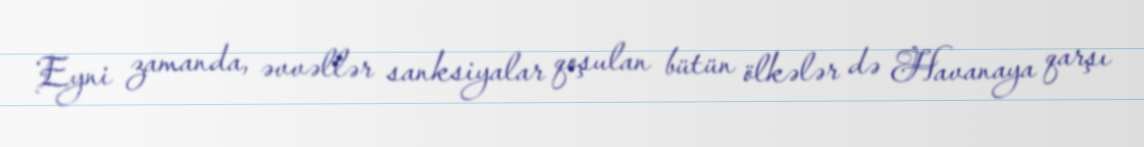
Eyni zamanda, əvvəllər sanksiyalar qoşulan bütün ölkələr də Havanaya qarşı